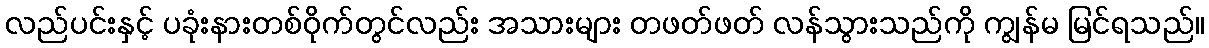
လည်ပင်းနှင့် ပခုံးနားတစ်ဝိုက်တွင်လည်း အသားများ တဖတ်ဖတ် လန်သွားသည်ကို ကျွန်မ မြင်ရသည်။